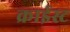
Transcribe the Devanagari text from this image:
क्राईस्ट